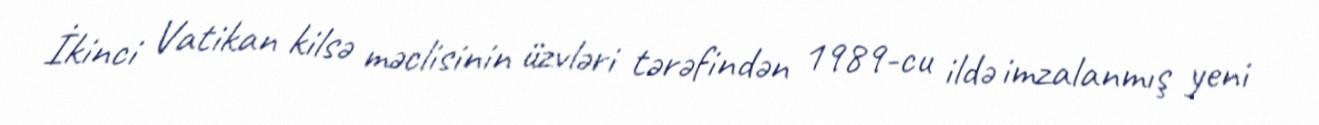
İkinci Vatikan kilsə məclisinin üzvləri tərəfindən 1989-cu ildə imzalanmış yeni